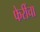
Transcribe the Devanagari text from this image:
फेरींचा